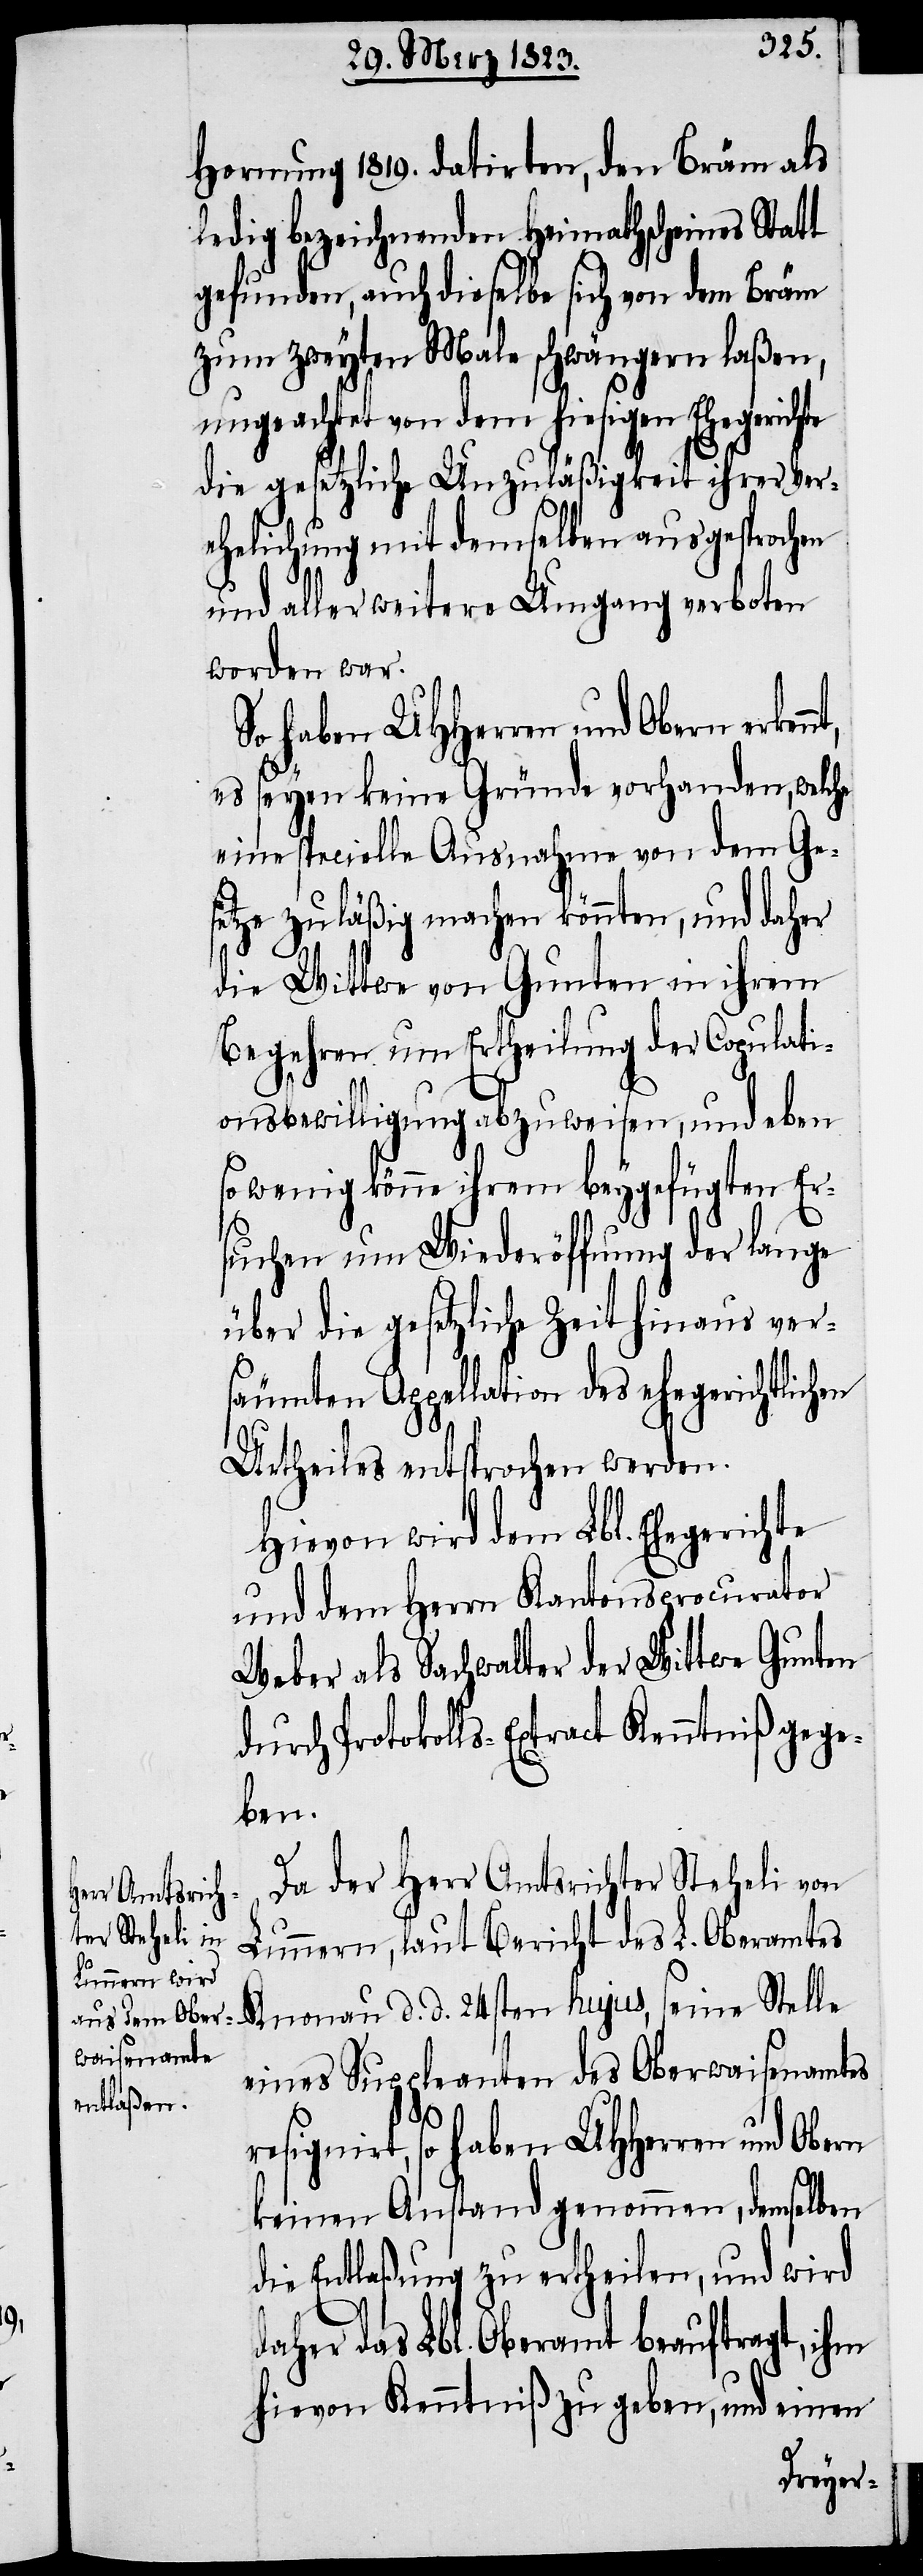
nt,

Hornung 1819. datirten, den Bräm als
ledig bezeichnenden Heimathscheines Statt
gefunden, auch dieselbe sich von dem Bräm
zum zweyten Male schwängern laßen,
ungeachtet von dem hiesigen Ehegerichte
die gesetzliche Unzuläßigkeit ihrer Ver¬
ehelichung mit demselben ausgesprochen
und aller weitere Umgang verboten
worden war.
So haben UHHerren und Obern erken¬
es seyen keine Gründe vorhanden, welche
eine specielle Ausnahme von dem Ge¬
setze zuläßig machen könnten, und daher
die Wittwe von Gunten in ihrem
Begehren um Ertheilung der Copulati¬
onsbewilligung abzuweisen, und eben
so wenig könne ihrem beygefügten Er¬
suchen um Wiederöffnung der lange
über die gesetzliche Zeit hinaus ver¬
säumten Appellation des ehegerichtlichen
Urtheiles entsprochen werden.
Hievon wird dem Lbl. Ehegerichte
und dem Herrn Kantonsprocurator
Weber als Sachwalter der Wittwe Gunten
durch Protokolls-Extract Kenntniß gege¬
ben.
Da der Herr Amtsrichter Steheli von
Lunnern, laut Bericht des L. Oberamtes
Knonau d. d. 24sten hujus, seine Stelle
eines Suppleanten des Oberwaisenamtes
resignirt, so haben UHHerren und Obern
keinen Anstand genommen, demselben
die Entlaßung zu ertheilen, und wird
daher das Lbl. Oberamt beauftragt, ihm
hievon Kenntniß zu geben, und einen